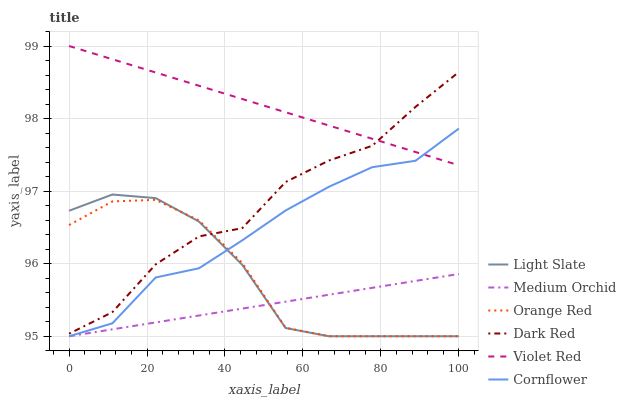
| xaxis_label | Light Slate | Medium Orchid | Orange Red | Dark Red | Violet Red | Cornflower |
 | --- | --- | --- | --- | --- | --- | --- |
 | 0 | 96.7 | 95 | 96.5 | 95 | 99 | 95 |
 | 11.1 | 97 | 95.1 | 96.9 | 95.3 | 98.8 | 95.2 |
 | 22.2 | 96.9 | 95.2 | 96.9 | 96 | 98.6 | 95.8 |
 | 33.3 | 96.6 | 95.3 | 96.6 | 96.4 | 98.5 | 95.9 |
 | 44.4 | 96 | 95.4 | 96 | 96.5 | 98.3 | 96.3 |
 | 55.6 | 95.1 | 95.5 | 95.1 | 97.1 | 98.1 | 96.7 |
 | 66.7 | 95 | 95.6 | 95 | 97.4 | 97.9 | 97.1 |
 | 77.8 | 95 | 95.7 | 95 | 97.6 | 97.7 | 97.3 |
 | 88.9 | 95 | 95.8 | 95 | 98.2 | 97.5 | 97.4 |
 | 100 | 95 | 95.9 | 95 | 98.6 | 97.4 | 97.9 |